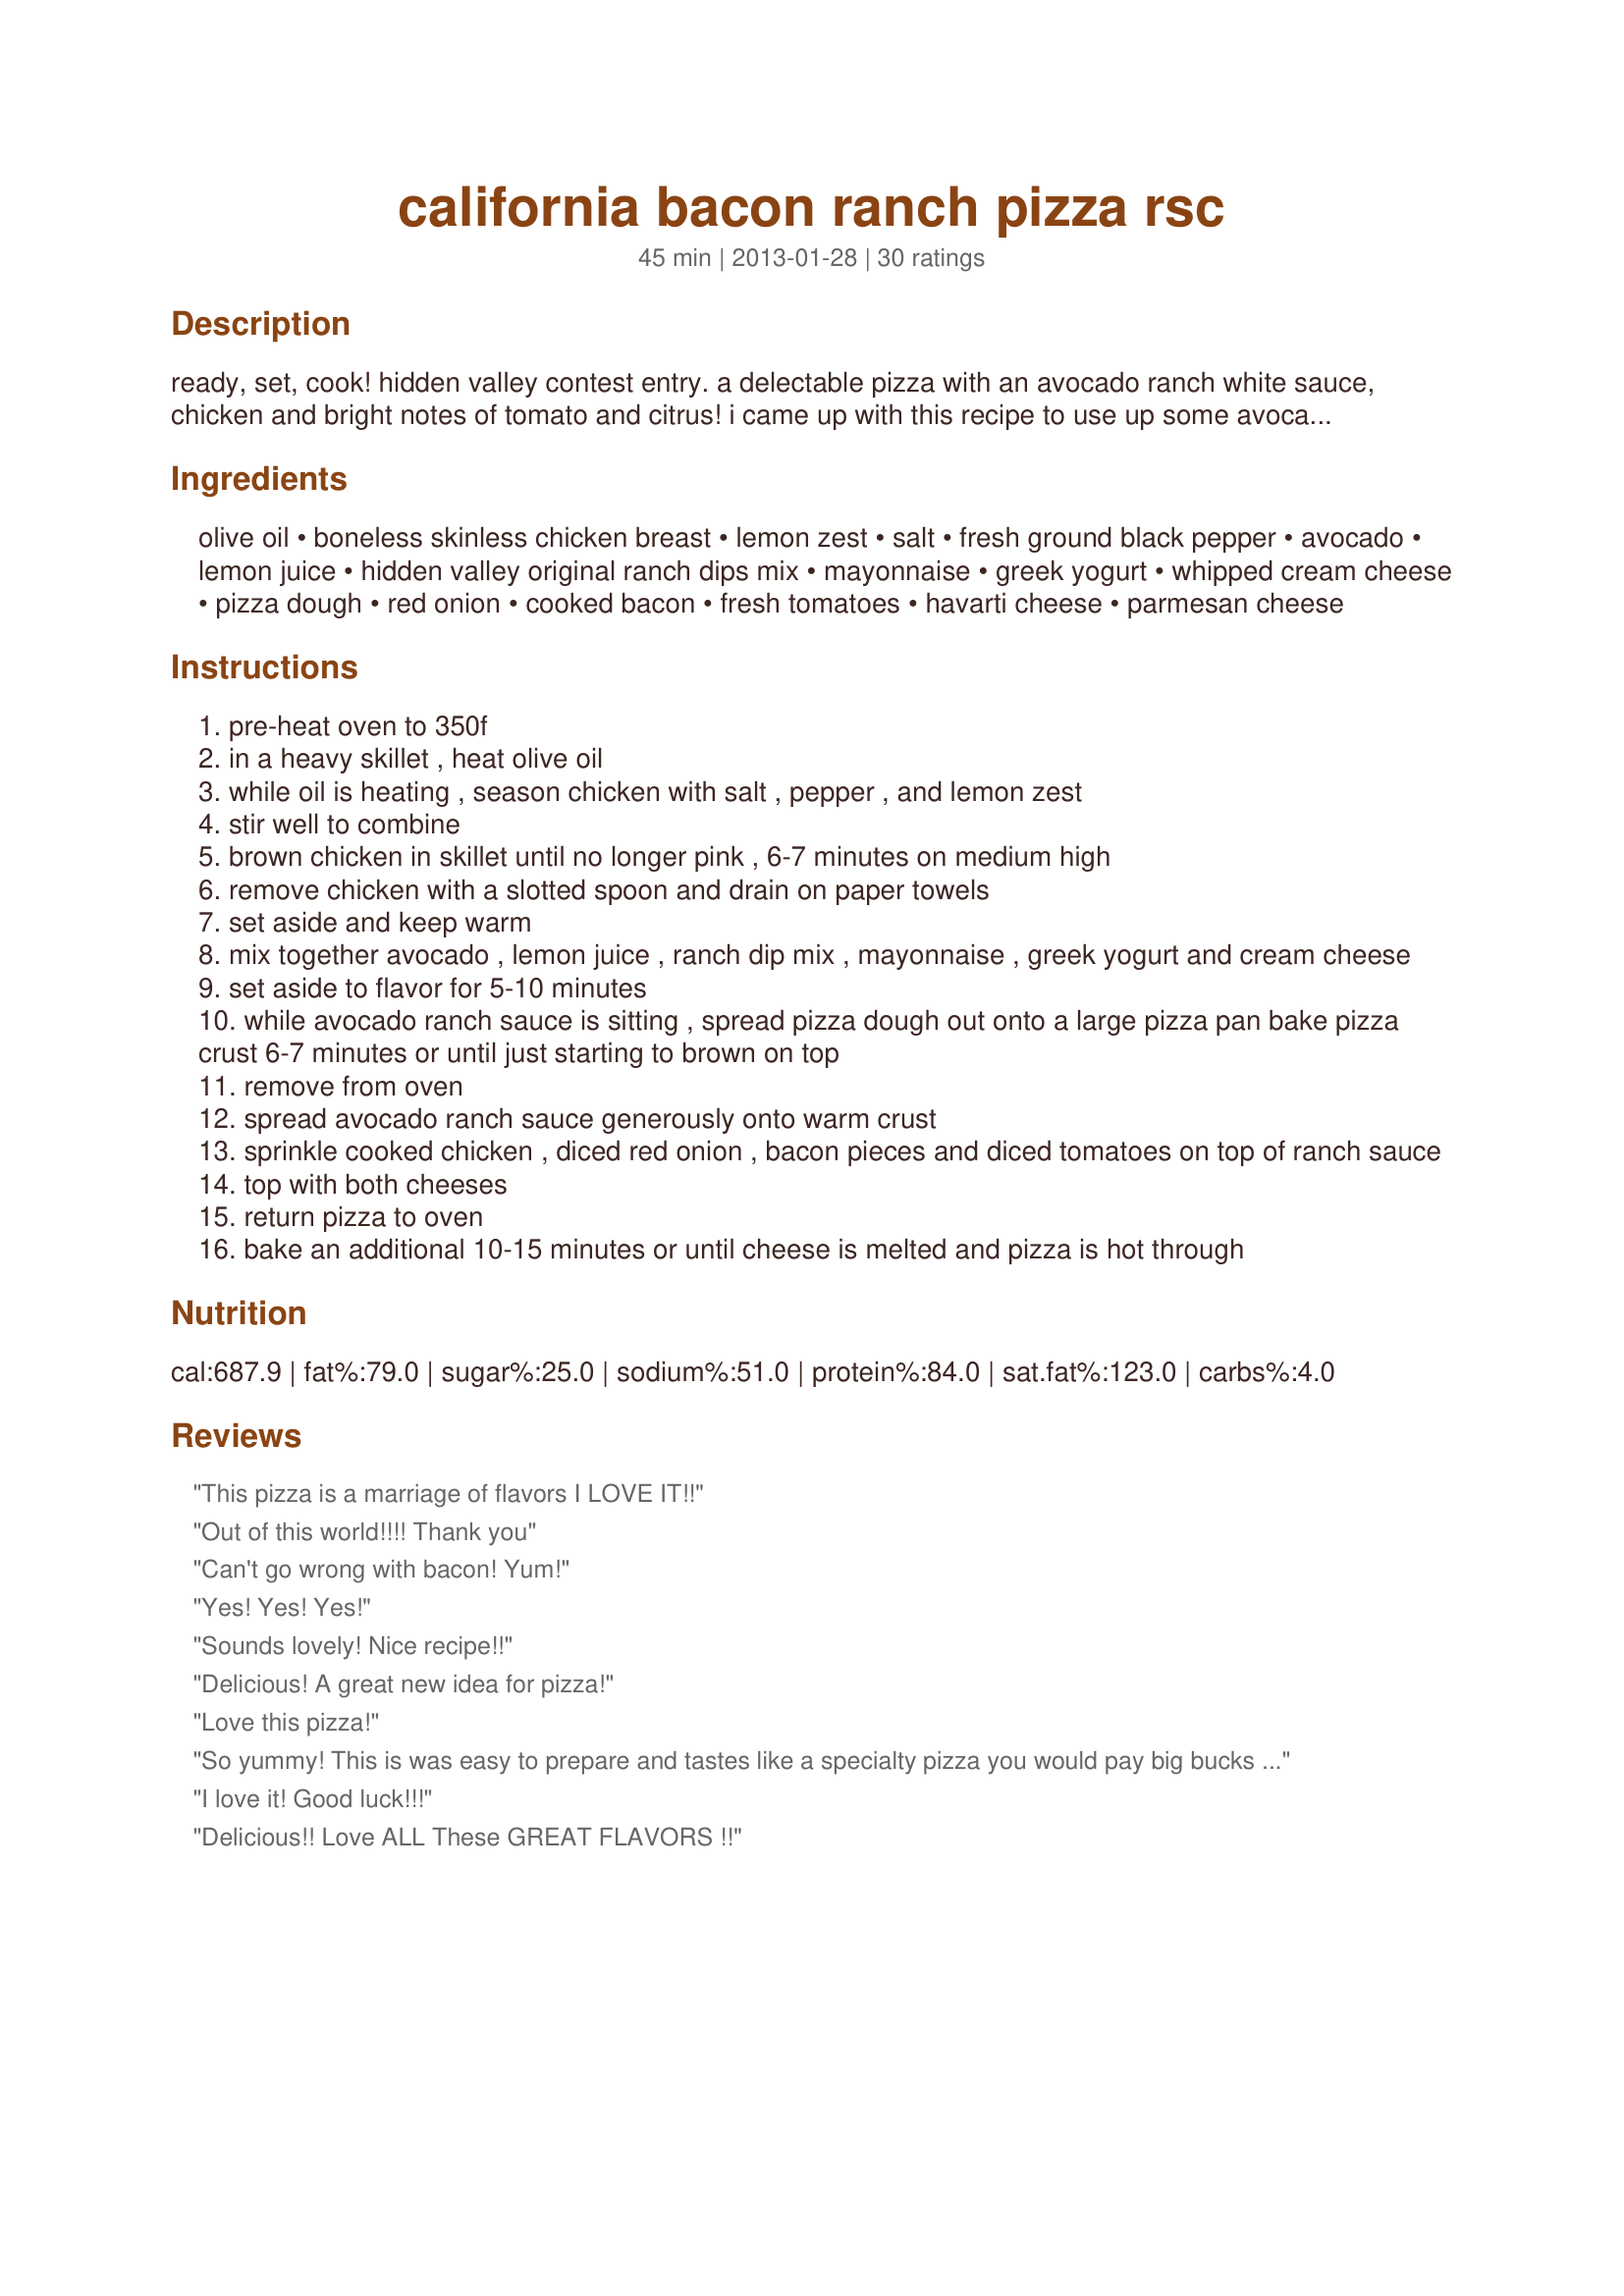
california bacon ranch pizza rsc
Preparation time: 45 minutes

ready, set, cook! hidden valley contest entry. a delectable pizza with an avocado ranch white sauce, chicken and bright notes of tomato and citrus! i came up with this recipe to use up some avocado for a friend who wanted something a little different!

Ingredients:
olive oil, boneless skinless chicken breast, lemon zest, salt, fresh ground black pepper, avocado, lemon juice, hidden valley original ranch dips mix, mayonnaise, greek yogurt, whipped cream cheese, pizza dough, red onion, cooked bacon, fresh tomatoes, havarti cheese, parmesan cheese

Steps:
pre-heat oven to 350f
in a heavy skillet , heat olive oil
while oil is heating , season chicken with salt , pepper , and lemon zest
stir well to combine
brown chicken in skillet until no longer pink , 6-7 minutes on medium high
remove chicken with a slotted spoon and drain on paper towels
set aside and keep warm
mix together avocado , lemon juice , ranch dip mix , mayonnaise , greek yogurt and cream cheese
set aside to flavor for 5-10 minutes
while avocado ranch sauce is sitting , spread pizza dough out onto a large pizza pan bake pizza crust 6-7 minutes or until just starting to brown on top
remove from oven
spread avocado ranch sauce generously onto warm crust
sprinkle cooked chicken , diced red onion , bacon pieces and diced tomatoes on top of ranch sauce
top with both cheeses
return pizza to oven
bake an additional 10-15 minutes or until cheese is melted and pizza is hot through

Reviews:
This pizza is a marriage of flavors I LOVE IT!!
Out of this world!!!! Thank you
Can't go wrong with bacon! Yum!
Yes! Yes! Yes!
Sounds lovely! Nice recipe!!
Delicious! A great new idea for pizza!
Love this pizza!
So yummy! This is was easy to prepare and tastes like a specialty pizza you would pay big bucks for in the restaurant. Thank you for sharing with us. Delicious
I love it! Good luck!!!
Delicious!! Love ALL These GREAT FLAVORS !!
Bacon and Ranch - Yummy!!
Sounds good Noelle.
Sounds fantastic!
Great combo for a different pizza, will try this.
Delicious!!!
Great pizza!!
Lvoe everything about this!
love this pizza
Oh Yum!!! Love this pizza creation.
Great sounding recipe! xo
sounds yummy
Made this for a group lunch at worked and everyone LOVED it! I used bacon bits because that was easy and what I had. I also had guacamole as a side!
Excellent!
Yummy. I will make this again. I used a mix of fat free ricotta and ranch for the sauce with sliced garlic. I had a kale salad on the side. MMmmm Will make this again.
That's my kinda pizza!! YUM
Great yummy recipe Noelle!
sounds wonderful! :)
Sounds wonderful!!!
Everyone in my family gives this recipe a 10 star!
Anything with bacon and ranch, especially pizza, is wonderful!
